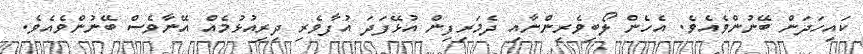
ކައިހަދަން ބޭނުންވެއެވެ. އެހެން ލޯބިވެރިންނާއި ދެމަރިފިން އުޅޭފަދަ އުފާވެރި ދިރިއުޅުމެއް އޭނާވެސް ބޭނުންވެއެވެ.